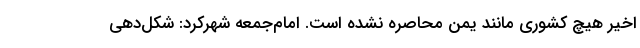
اخیر هیچ کشوری مانند یمن محاصره نشده است. امام‌جمعه شهرکرد: شکل‌دهی